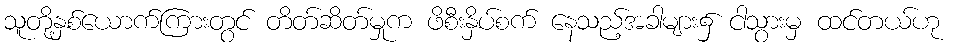
သူတို့နှစ်ယောက်ကြားတွင် တိတ်ဆိတ်မှုက ဖိစီးနှိပ်စက် နေသည့်အခါများ၌ ငါသွားမှ ထင်တယ်ဟု